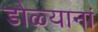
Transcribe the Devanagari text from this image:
डोळ्यानां